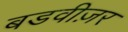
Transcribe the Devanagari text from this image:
बडवीज़र